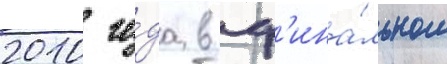
2010 го́да в ф'ина́льном